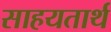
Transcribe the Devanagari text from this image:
साहयतार्थ